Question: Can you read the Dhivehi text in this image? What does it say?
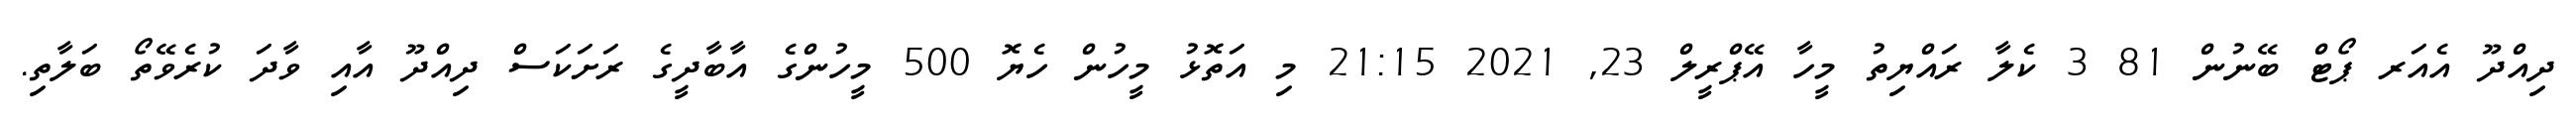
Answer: ދިއްދޫ އެއަރ ޕޯޓް ބޭނުން 81 3 ކެލާ ރައްޔިތު މީހާ އޭޕްރީލް 23, 2021 21:15 މި އަތޮޅު މީހުން ހެޔޮ 500 މީހުންގެ އާބާދީގެ ރަށަކަސް ދިއްދޫ އާއި ވާދަ ކުރެވޭތޯ ބަލާތި.